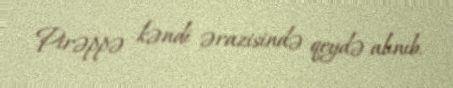
Pirəppə kəndi ərazisində qeydə alınıb.